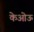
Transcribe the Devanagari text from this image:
केओऊ